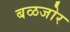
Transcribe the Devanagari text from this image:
बळजोर